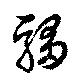
騶